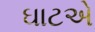
ઘાટએ